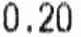
0.20